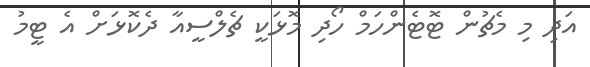
އަދި މި މެޗުން ޓޮޓެންހަމް ހޯދި މޮޅަކީ ޗެލްސީއާ ދެކޮޅަށް އެ ޓީމު